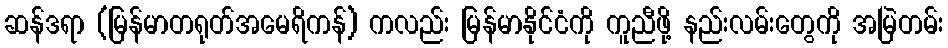
ဆန်ဒရာ (မြန်မာတရုတ်အမေရိကန်) ကလည်း မြန်မာနိုင်ငံကို ကူညီဖို့ နည်းလမ်းတွေကို အမြဲတမ်း